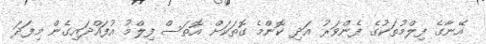
އޭނާގެ ފިލްމުތަކުގެ ފެންވަރު އަދި ކޮންމެ ގޮތަކަށް އޮތަސް ފިލްމު އުފައްދައިގެން މިފަދަ